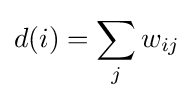
d(i)=\sum \limits _{j}w_{ij}